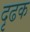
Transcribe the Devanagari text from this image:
दृढक